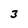
Character: 3